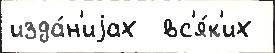
изда́н'иjах  вс'я́к'их